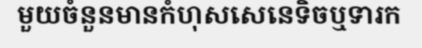
មួយចំនួនមានកំហុសសេនេទិចឬទារក